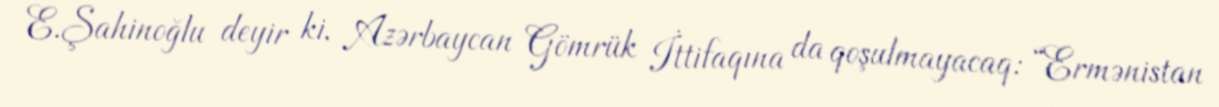
E.Şahinoğlu deyir ki, Azərbaycan Gömrük İttifaqına da qoşulmayacaq: “Ermənistan